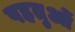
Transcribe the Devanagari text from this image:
पहतुओं